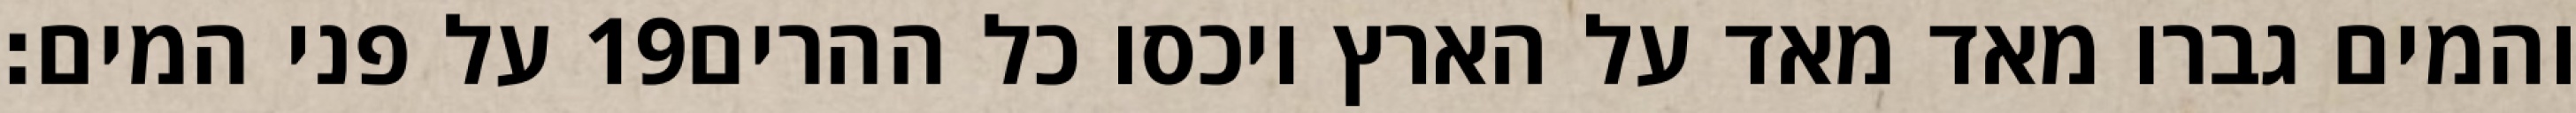
על פני המים׃ ‎19‏ והמים גברו מאד מאד על הארץ ויכסו כל ההרים